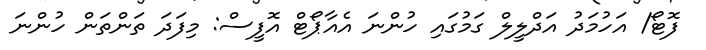
ފޮޓޯ/ އަހުމަދު އަދްލީލް ގަމުގައި ހުންނަ އެއާޕޯޓް އޮފީސް: މިފަދަ ތަންތަން ހުންނަ